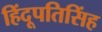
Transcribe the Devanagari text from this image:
हिंदूपतिसिंह